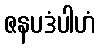
ဇနပဒံပါဟံ